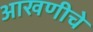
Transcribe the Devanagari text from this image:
आखणीचे